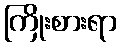
ကြိုးစားရာ